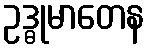
ဥဒ္ဓုမာတေန